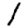
Digit: 1